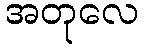
အတုလေ